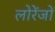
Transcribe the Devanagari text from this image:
लोरेंजों